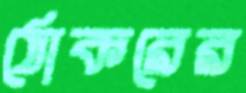
ঠোকরের